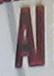
al